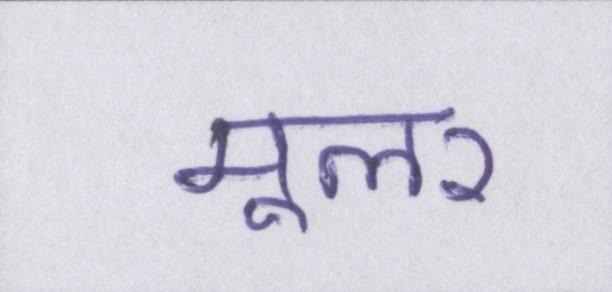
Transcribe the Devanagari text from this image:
मूलर